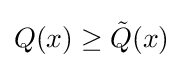
Q(x)\geq {\tilde {Q}}(x)